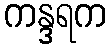
ကန္ဒရက